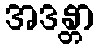
အဒန္တာ